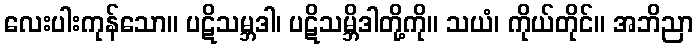
လေးပါးကုန်သော။ ပဋိသမ္ဘဒါ၊ ပဋိသမ္ဘိဒါတို့ကို။ သယံ၊ ကိုယ်တိုင်။ အဘိညာ